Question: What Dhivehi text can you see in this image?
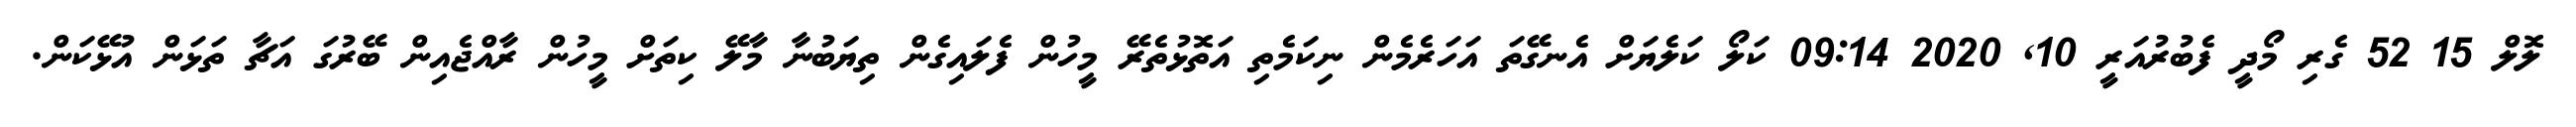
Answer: ލޮލް 15 52 ގެރި މޯދީ ފެބުރުއަރީ 10, 2020 09:14 ކަލޯ ކަލެޔަށް އެނގޭތަ އަހަރެމެން ނިކަމެތި އަތޮޅުތެރޭ މީހުން ފެލައިގެން ތިޔަބުނާ މާލޭ ކިތަށް މީހުން ރާއްޖެއިން ބޭރުގަ އަޗާ ތަޅަން އުޅޭކަން.